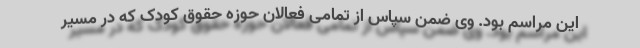
این مراسم بود. وی ضمن سپاس از تمامی فعالان حوزه حقوق کودک که در مسیر